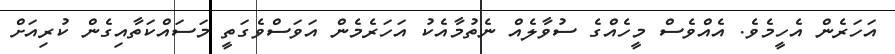
އަހަރެން އެހީމެވެ. އެއްވެސް މީހެއްގެ ސުވާލެއް ނެތުމާއެކު އަހަރެމެން އަވަސްވެގަތީ މަސައްކަތާއިގެން ކުރިއަށް